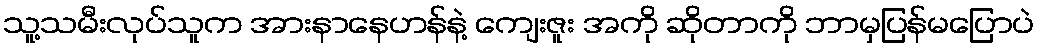
သူ့သမီးလုပ်သူက အားနာနေဟန်နဲ့ ကျေးဇူး အကို ဆိုတာကို ဘာမှပြန်မပြောပဲ